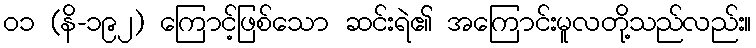
၀၁ (နိ-၁၉၂) ကြောင့်ဖြစ်သော ဆင်းရဲ၏ အကြောင်းမူလတို့သည်လည်း။